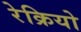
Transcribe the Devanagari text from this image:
रेक्रियो